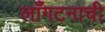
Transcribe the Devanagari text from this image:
लाँगटनाची